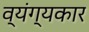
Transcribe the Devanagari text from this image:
व्‍यंग्‍यकार